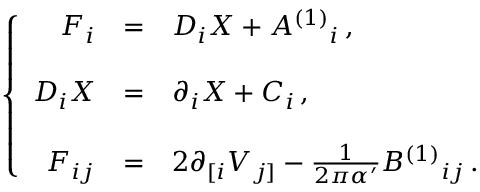
\left\{ \begin{array} { r c l } { { F _ { i } } } & { { = } } & { { D _ { i } X + A ^ { ( 1 ) } { } _ { i } \, , } } \\ { { } } & { { } } & { { } } \\ { { D _ { i } X } } & { { = } } & { { \partial _ { i } X + C _ { i } \, , } } \\ { { } } & { { } } & { { } } \\ { { { \cal F } _ { i j } } } & { { = } } & { { 2 \partial _ { [ i } V _ { j ] } - \frac { 1 } { 2 \pi \alpha ^ { \prime } } B ^ { ( 1 ) } { } _ { i j } \, . } } \end{array} \right.